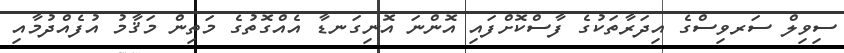
ސިވިލް ސަރވިސްގެ އިދަރާތަކުގެ ފާސްކޮށްފައި އޮންނަ އޮނިގަނޑާ އެއްގޮތުގެ މަތިން މަޤާމު އުފެއްދުމާއި